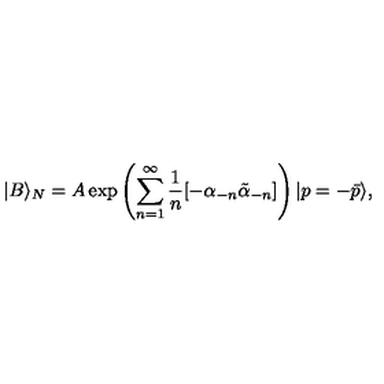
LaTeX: | B \rangle _ { N } = A \exp \left( \sum _ { n = 1 } ^ { \infty } { \frac { 1 } { n } } [ - \alpha _ { - n } \tilde { \alpha } _ { - n } ] \right) | p = - \bar { p } \rangle ,